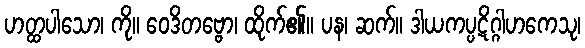
ဟတ္ထပါသော၊ ကို။ ဝေဒိတဗ္ဗော၊ ထိုက်၏။ ပန၊ ဆက်။ ဒါယကပ္ပဋိဂ္ဂါဟကေသု၊